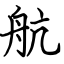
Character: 航